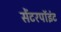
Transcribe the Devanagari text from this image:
सेंटरपॉइंट